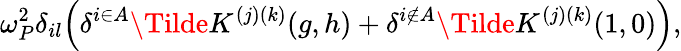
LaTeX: \omega_{P}^{2}\delta_{il}\Big(\delta^{i\in A}\Tilde{K}^{(j)(k)}(g,h)+\delta^{i\notin A}\Tilde{K}^{(j)(k)}(1,0)\Big),